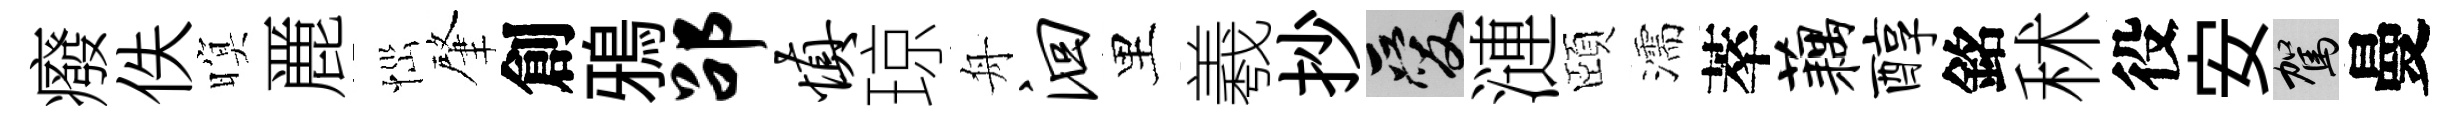
癈佚暝䴡𢙉肇創鴉劭慎琼舟洄里羲抄爱漣頤濡萃藕醇銘秫役安駕曼